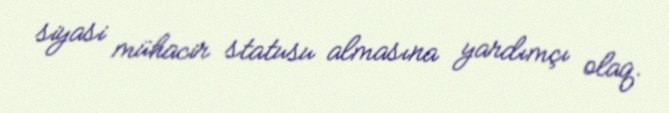
siyasi mühacir statusu almasına yardımçı olaq.